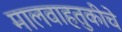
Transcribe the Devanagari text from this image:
मालवाहतुकीचे